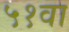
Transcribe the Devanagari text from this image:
५१वा